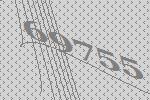
69755